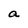
Character: a